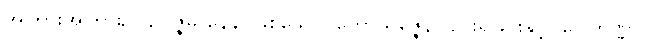
အကြားအကြား၌။ ဥပ္ပဇ္ဇမာနေန၊ ဖြစ်သော။ ကောသဇ္ဇေန၊ ပျင်းရိခြင်းနှင့်။ ဝေါကိဏ္ဏာ၊